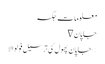
معلومات	جگہ
جاپان ∇
> جاپان پھول کی ترسیل فولوالا